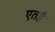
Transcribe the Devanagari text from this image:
एतद्वै